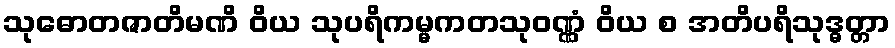
သုဓောတဇာတိမဏိ ဝိယ သုပရိကမ္မကတသုဝဏ္ဏံ ဝိယ စ အတိပရိသုဒ္ဓတ္တာ